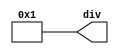
module divider #(
  parameter freq=100
  
)
(
  
  output reg [31:0] div
  
  );
  
always @ (*) begin
case (freq) 
32'd100: div= 32'd1; // for 100mhz , divisor is 1
32'd50: div= 32'd2; // for 50mhz , divisor is 2
32'd25: div= 32'd4; // for 25mhz , divisor is 4
32'd10: div= 32'd10; 
32'd1: div= 32'd100; 

default: div= 32'd1; // 
endcase
end 
endmodule